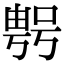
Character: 𠸮